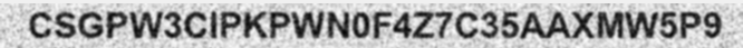
CSGPW3CIPKPWN0F4Z7C35AAXMW5P9